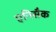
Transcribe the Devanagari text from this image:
एनिसैक